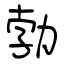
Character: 勃